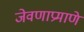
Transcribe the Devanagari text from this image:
जेवणाप्रमाणे